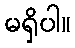
မရှိပါ။